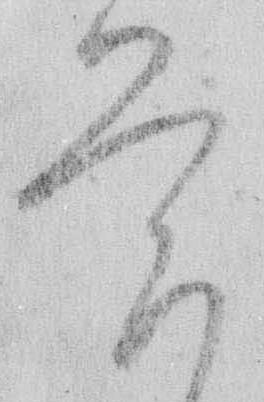
覚